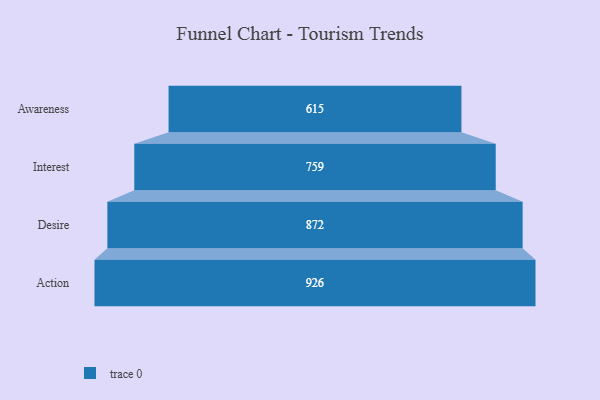
{"axis": {"x": "Stage", "y": "Value"}, "legend": [""], "data": [{"x": "Awareness", "y": 615.0, "type": ""}, {"x": "Interest", "y": 759.0, "type": ""}, {"x": "Desire", "y": 872.0, "type": ""}, {"x": "Action", "y": 926.0, "type": ""}]}